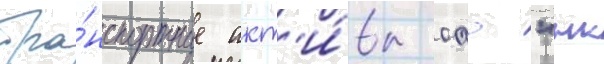
тра́нспортные акт'и́вы оао "нк